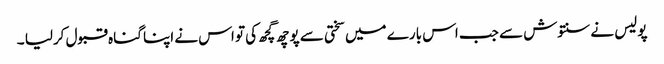
پولیس نے سنتوش سے جب اس بارے میں سختی سے پوچھ گچھ کی تو اس نے اپنا گناہ قبول کرلیا ۔